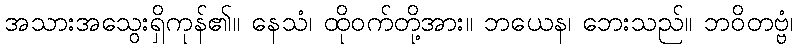
အသားအသွေးရှိကုန်၏။ နေသံ၊ ထိုဝက်တို့အား။ ဘယေန၊ ဘေးသည်။ ဘဝိတဗ္ဗံ၊